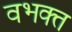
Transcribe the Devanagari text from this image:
वभक्त